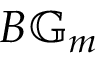
B \mathbb { G } _ { m }